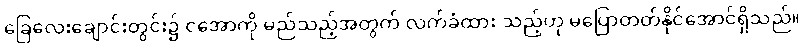
ခြေလေးချောင်းတွင်း၌ ငအောကို မည်သည့်အတွက် လက်ခံထား သည့်ဟု မပြောတတ်နိုင်အောင်ရှိသည်။